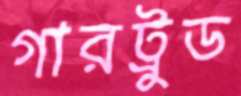
গারট্রুড